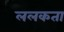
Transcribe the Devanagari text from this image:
ललकता